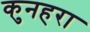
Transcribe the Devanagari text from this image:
कुनहरा